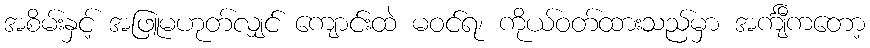
အစိမ်းနှင့် အဖြူမဟုတ်လျှင် ကျောင်းထဲ မဝင်ရ၊ ကိုယ်ဝတ်ထားသည်မှာ အင်္ကျီကတော့